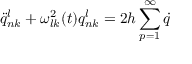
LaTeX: \ddot { q } _ { n k } ^ { l } + \omega _ { l k } ^ { 2 } ( t ) q _ { n k } ^ { l } = 2 h \sum _ { p = 1 } ^ { \infty } \dot { q }